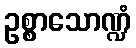
ဥစ္စာသောဏ္ဍံ